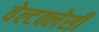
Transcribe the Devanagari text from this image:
वेल्टक्लेसी